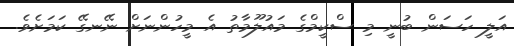
އަލީ ހަސަން ބުނީ މި ސްކީމްގެ މައުލޫމާތު އެ މީހުންނަށް ނޭނގޭ ކަމަށެވެ.